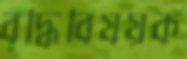
বৃদ্ধিবিষয়ক